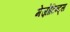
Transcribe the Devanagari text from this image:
मेज़ोटिन्ट्स